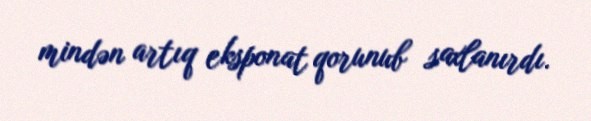
mindən artıq eksponat qorunub saxlanırdı.